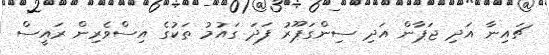
ޗައިނާ އަދި ޖަޕާން އަދި ސިންގަޕޫރު ފަދަ ގައުމު ތަކުގެ އިސްވެރިން ރައީސް